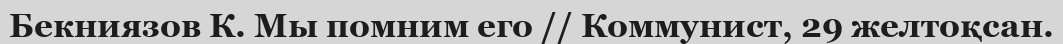
Бекниязов К. Мы помним его // Коммунист, 29 желтоқсан.